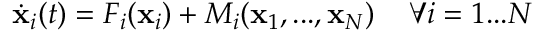
\dot { { \bf x } } _ { i } ( t ) = F _ { i } ( { \bf x } _ { i } ) + M _ { i } ( { \bf x } _ { 1 } , . . . , { \bf x } _ { N } ) \quad \, \forall i = 1 . . . N